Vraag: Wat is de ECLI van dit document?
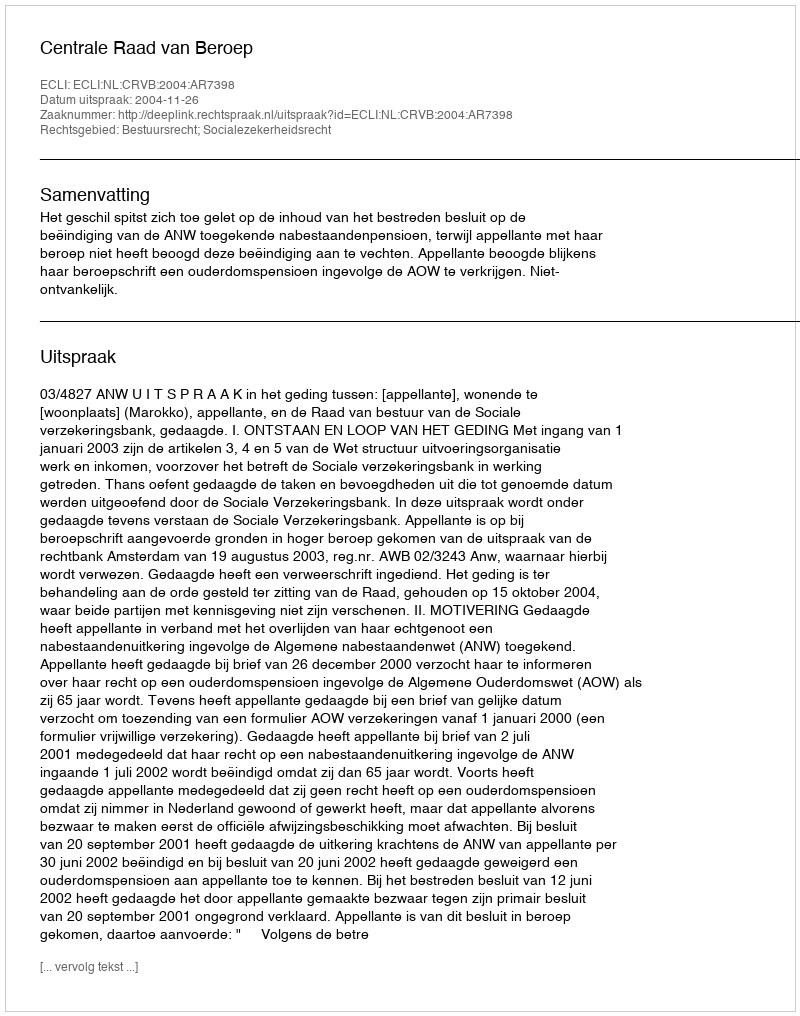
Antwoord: ECLI:NL:CRVB:2004:AR7398